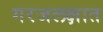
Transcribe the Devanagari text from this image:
गरजलक्षात